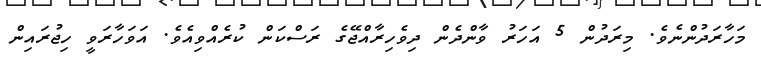
މަހާރަދުންނެވެ. މިރަދުން 5 އަހަރު ވާންދެން ދިވެހިރާއްޖޭގެ ރަސްކަން ކުރެއްވިއެވެ. އަވަހާރަވީ ހިޖުރައިން